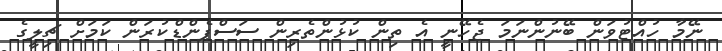
ނޭމާ ހުއްޓުވަން ބޭނުންނަމަ ޖެހޭނީ އެ ތިން ކުޅުންތެރިން ސަސްޕެންޑްކުރަން ކަމަށް ޗިލީގެ